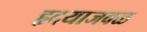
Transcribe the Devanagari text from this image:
हृदयाजवळ